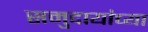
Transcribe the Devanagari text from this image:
समुदायांच्या